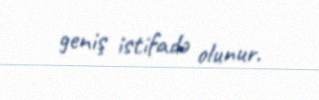
geniş istifadə olunur.